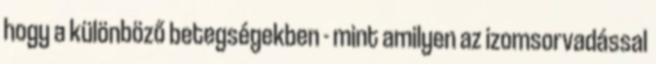
hogy a különböző betegségekben - mint amilyen az izomsorvadással